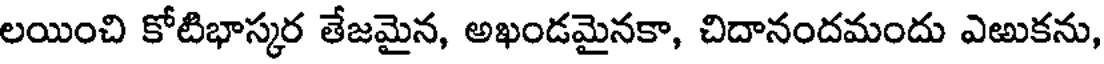
లయించి కోటిభాస్కర తేజమైన, అఖండమైనకా, చిదానందమందు ఎఱుకను,